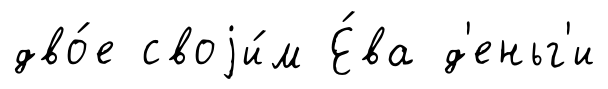
дво́е своjи́м Е́ва д'еньг'и